Calcutta medical institutions reports 1879-81 [i.e.91]
Year: 1879
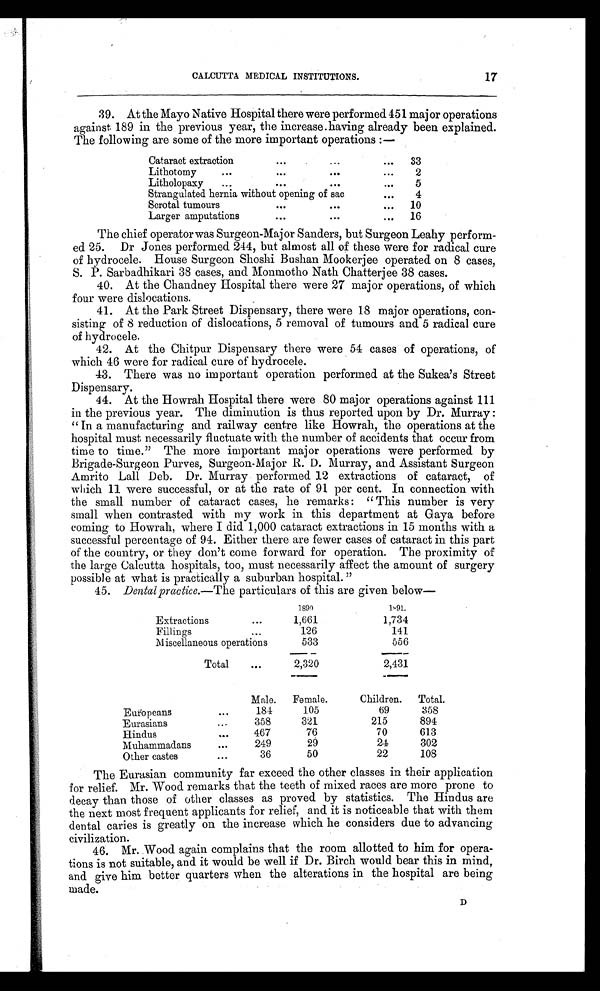
17
CALCUTTA MEDICAL INSTITUTIONS.
39. At the Mayo Native Hospital there were performed 451 major operations
against 189 in the previous year, the increase having already been explained.
The following are some of the more important operations:—
Cataract extraction
. . .
...
...
33
Lithotomy
. . .
...
. . .
. . .
2
Litholopaxy
...
. . .
...
...
5
Strangulated hernia without opening of sac
. . .
4
Scrotal tumours
...
...
...
10
Larger amputations
. . .
. . .
...
16
The chief operator was Surgeon-Major Sanders, but Surgeon Leahy perform-
ed 25. Dr Jones performed 244, but almost all of these were for radical cure
of hydrocele. House Surgeon Shoshi Bushan Mookerjee operated on 8 cases,
S. P. Sarbadhikari 38 cases, and Monmotho Nath Chatterjee 38 cases.
40. At the Chandney Hospital there were 27 major operations, of which
four were dislocations.
41. At the Park Street Dispensary, there were 18 major operations, con-
sisting of 8 reduction of dislocations, 5 removal of tumours and 5 radical cure
of hydrocele.
42. At the Chitpur Dispensary there were 54 cases of operations, of
which 46 were for radical cure of hydrocele.
43. There was no important operation performed at the Sukea's Street
Dispensary.
44. At the Howrah Hospital there were 80 major operations against 111
in the previous year. The diminution is thus reported upon by Dr. Murray:
"In a manufacturing and railway centre like Howrah, the operations at the
hospital must necessarily fluctuate with the number of accidents that occur from
time to time." The more important major operations were performed by
Brigade-Surgeon Purves, Surgeon-Major R. D. Murray, and Assistant Surgeon
Amrito Lall Deb. Dr. Murray performed 12 extractions of cataract, of
which 11 were successful, or at the rate of 91 per cent. In connection with
the small number of cataract cases, he remarks: "This number is very
small when contrasted with my work in this department at Gaya before
coming to Howrah, where I did 1,000 cataract extractions in 15 months with a
successful percentage of 94. Either there are fewer cases of cataract in this part
of the country, or they don't come forward for operation. The proximity of
the large Calcutta hospitals, too, must necessarily affect the amount of surgery
possible at what is practically a suburban hospital."
45. Dental practice. —The particulars of this are given below
—
1890
1891.
Extractions
. . .
1,661
1,734
Fillings
...
1 2 6
141
Miscellaneous operations
533
556
Total
...
2,320
2,431
Male.
Female.
Children.
Total.
Europeans
. . .
184
105
69
358
Eurasians
...
358
321
215
894
Hindus
. . . 467
76
70
613
Muhammadans
. . . 249
29
24
302
Other castes
. . .
36
50
22
108
The Eurasian community far exceed the other classes in their application
for relief. Mr. Wood remarks that the teeth of mixed races are more prone to
decay than those of other classes as proved by statistics. The Hindus are
the next most frequent applicants for relief, and it is noticeable that with them
dental caries is greatly on the increase which he considers due to advancing
civilization.
46. Mr. Wood again complains that the room allotted to him for opera-
tions is not suitable, and it would be well if Dr. Birch would bear this in mind,
and give him better quarters when the alterations in the hospital are being
made.
D